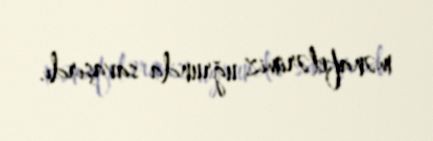
mənafelərimiz uğrunda savaşırdı.